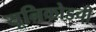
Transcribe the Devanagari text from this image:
यूनिकोडची